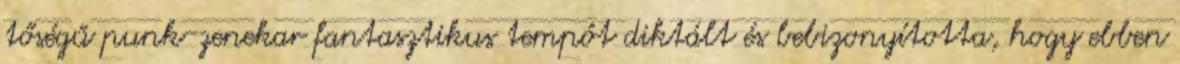
tőségű punk-zenekar fantasztikus tempót diktált és bebizonyította, hogy ebben